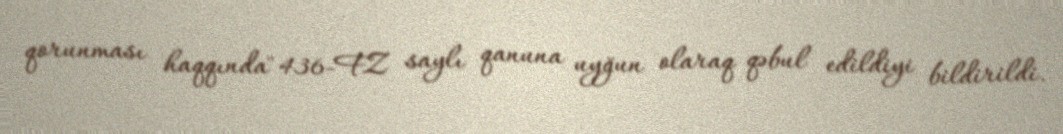
qorunması haqqında" 436-FZ saylı qanuna uyğun olaraq qəbul edildiyi bildirildi.